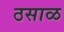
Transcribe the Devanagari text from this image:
ठसाळ